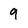
Character: 9